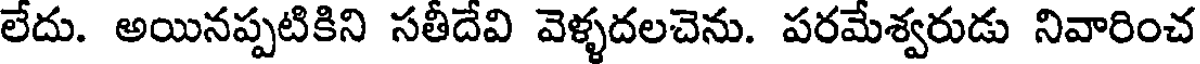
లేదు. అయినప్పటికిని సతీదేవి వెళ్ళదలచెను. పరమేశ్వరుడు నివారించ